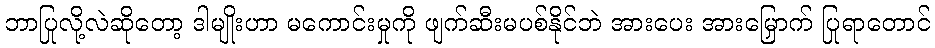
ဘာပြုလို့လဲဆိုတော့ ဒါမျိုးဟာ မကောင်းမှုကို ဖျက်ဆီးမပစ်နိုင်ဘဲ အားပေး အားမြှောက် ပြုရာတောင်